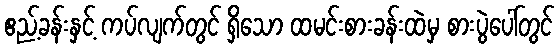
ဧည့်ခန်းနှင့် ကပ်လျက်တွင် ရှိသော ထမင်းစားခန်းထဲမှ စားပွဲပေါ်တွင်